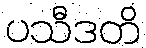
ပသီဒတိ